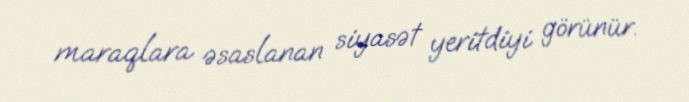
maraqlara əsaslanan siyasət yeritdiyi görünür.